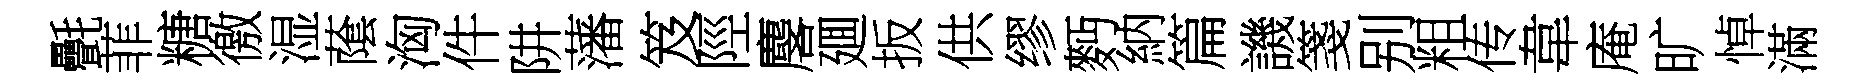
㲲菲糖徼湿䕃洶件阱藩笈陘麐廽扳供缪麪納篇譏箋别粗传韋庵旷悼滿